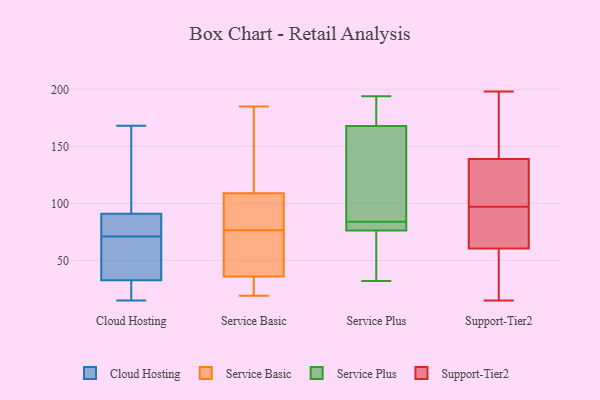
{"axis": {"x": "Population (Million)", "y": "Value"}, "legend": ["Cloud Hosting", "Service Basic", "Service Plus", "Support-Tier2"], "data": [{"x": "", "y": 88, "type": "Cloud Hosting"}, {"x": "", "y": 119, "type": "Cloud Hosting"}, {"x": "", "y": 41, "type": "Cloud Hosting"}, {"x": "", "y": 53, "type": "Cloud Hosting"}, {"x": "", "y": 46, "type": "Cloud Hosting"}, {"x": "", "y": 22, "type": "Cloud Hosting"}, {"x": "", "y": 30, "type": "Cloud Hosting"}, {"x": "", "y": 18, "type": "Cloud Hosting"}, {"x": "", "y": 85, "type": "Cloud Hosting"}, {"x": "", "y": 71, "type": "Cloud Hosting"}, {"x": "", "y": 15, "type": "Cloud Hosting"}, {"x": "", "y": 133, "type": "Cloud Hosting"}, {"x": "", "y": 92, "type": "Cloud Hosting"}, {"x": "", "y": 82, "type": "Cloud Hosting"}, {"x": "", "y": 168, "type": "Cloud Hosting"}, {"x": "", "y": 102, "type": "Service Basic"}, {"x": "", "y": 36, "type": "Service Basic"}, {"x": "", "y": 34, "type": "Service Basic"}, {"x": "", "y": 19, "type": "Service Basic"}, {"x": "", "y": 109, "type": "Service Basic"}, {"x": "", "y": 185, "type": "Service Basic"}, {"x": "", "y": 75, "type": "Service Basic"}, {"x": "", "y": 78, "type": "Service Basic"}, {"x": "", "y": 149, "type": "Service Basic"}, {"x": "", "y": 54, "type": "Service Basic"}, {"x": "", "y": 177, "type": "Service Plus"}, {"x": "", "y": 84, "type": "Service Plus"}, {"x": "", "y": 166, "type": "Service Plus"}, {"x": "", "y": 84, "type": "Service Plus"}, {"x": "", "y": 60, "type": "Service Plus"}, {"x": "", "y": 194, "type": "Service Plus"}, {"x": "", "y": 32, "type": "Service Plus"}, {"x": "", "y": 81, "type": "Service Plus"}, {"x": "", "y": 77, "type": "Service Plus"}, {"x": "", "y": 103, "type": "Service Plus"}, {"x": "", "y": 74, "type": "Service Plus"}, {"x": "", "y": 173, "type": "Service Plus"}, {"x": "", "y": 96, "type": "Service Plus"}, {"x": "", "y": 96, "type": "Support-Tier2"}, {"x": "", "y": 121, "type": "Support-Tier2"}, {"x": "", "y": 145, "type": "Support-Tier2"}, {"x": "", "y": 176, "type": "Support-Tier2"}, {"x": "", "y": 15, "type": "Support-Tier2"}, {"x": "", "y": 198, "type": "Support-Tier2"}, {"x": "", "y": 86, "type": "Support-Tier2"}, {"x": "", "y": 52, "type": "Support-Tier2"}, {"x": "", "y": 99, "type": "Support-Tier2"}, {"x": "", "y": 48, "type": "Support-Tier2"}, {"x": "", "y": 97, "type": "Support-Tier2"}]}